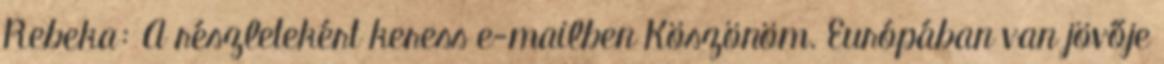
Rebeka: A részletekért keress e-mailben Köszönöm. Európában van jövője